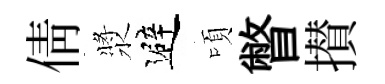
倩漿避頃瞥攅